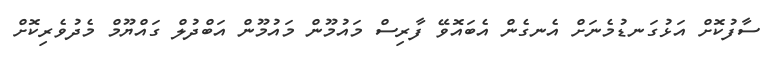
ސާފުކޮށް އަޅުގަނޑުމެނަށް އެނގެން އެބައޮވޭ ފާރިސް މައުމޫން މައުމޫން އަބްދުލް ގައްޔޫމް މެދުވެރިކޮށް